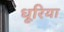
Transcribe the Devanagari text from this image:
धूरिया